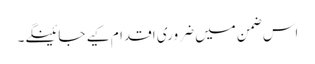
اس ضمن میں ضروری اقدام کیے جائینگے۔